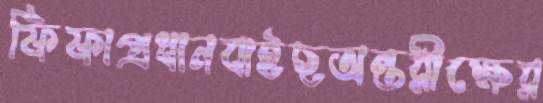
ফিফাপ্রধানবাইছঅন্তরীক্ষের